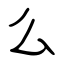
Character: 么